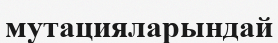
мутацияларындай